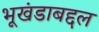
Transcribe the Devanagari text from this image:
भूखंडाबद्दल